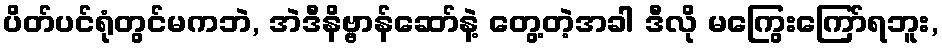
ပိတ်ပင်ရုံတွင်မကဘဲ, အဲဒီနိဗ္ဗာန်ဆော်နဲ့ တွေ့တဲ့အခါ ဒီလို မကြွေးကြော်ရဘူး,